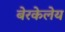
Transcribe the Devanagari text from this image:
बेरकेलेय